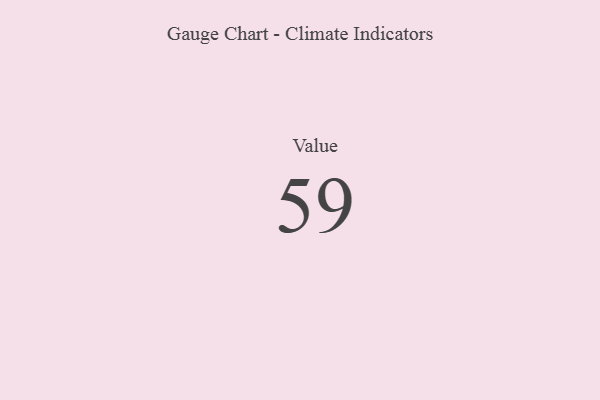
{"axis": {"x": "Metric", "y": "Value"}, "legend": [""], "data": [{"x": "Value", "y": 59, "type": ""}]}